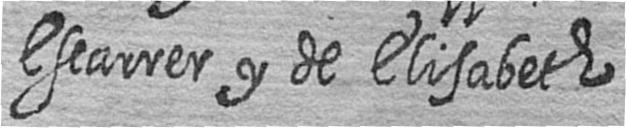
Escarrer y de Elisabeth